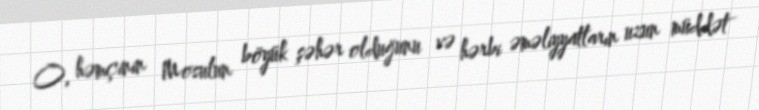
O, həmçinin Mosulun böyük şəhər olduğunu və hərbi əməliyyatların uzun müddət